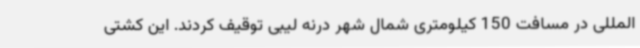
المللی در مسافت 150 کیلومتری شمال شهر درنه لیبی توقیف کردند. این کشتی